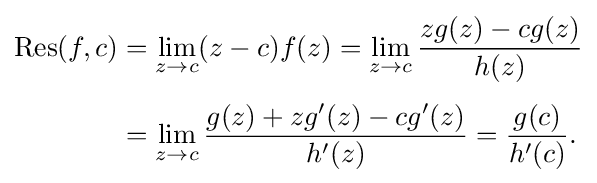
{\begin{aligned}\operatorname {Res} (f,c)&=\lim _{z\to c}(z-c)f(z)=\lim _{z\to c}{\frac {zg(z)-cg(z)}{h(z)}}\\[4pt]&=\lim _{z\to c}{\frac {g(z)+zg'(z)-cg'(z)}{h'(z)}}={\frac {g(c)}{h'(c)}}.\end{aligned}}